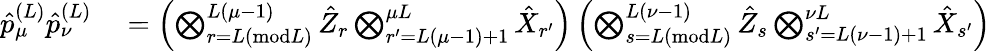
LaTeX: \begin{array}{rl}{\hat{p}_{\mu}^{(L)}\hat{p}_{\nu}^{(L)}}&{{}=\left(\bigotimes_{r=L(\textrm{mod}L)}^{L(\mu-1)}\hat{Z}_{r}\bigotimes_{r^{\prime}=L(\mu-1)+1}^{\mu L}\hat{X}_{r^{\prime}}\right)\left(\bigotimes_{s=L(\textrm{mod}L)}^{L(\nu-1)}\hat{Z}_{s}\bigotimes_{s^{\prime}=L(\nu-1)+1}^{\nu L}\hat{X}_{s^{\prime}}\right)}\end{array}